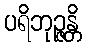
ပရိဘုဉ္ဇန္တိ